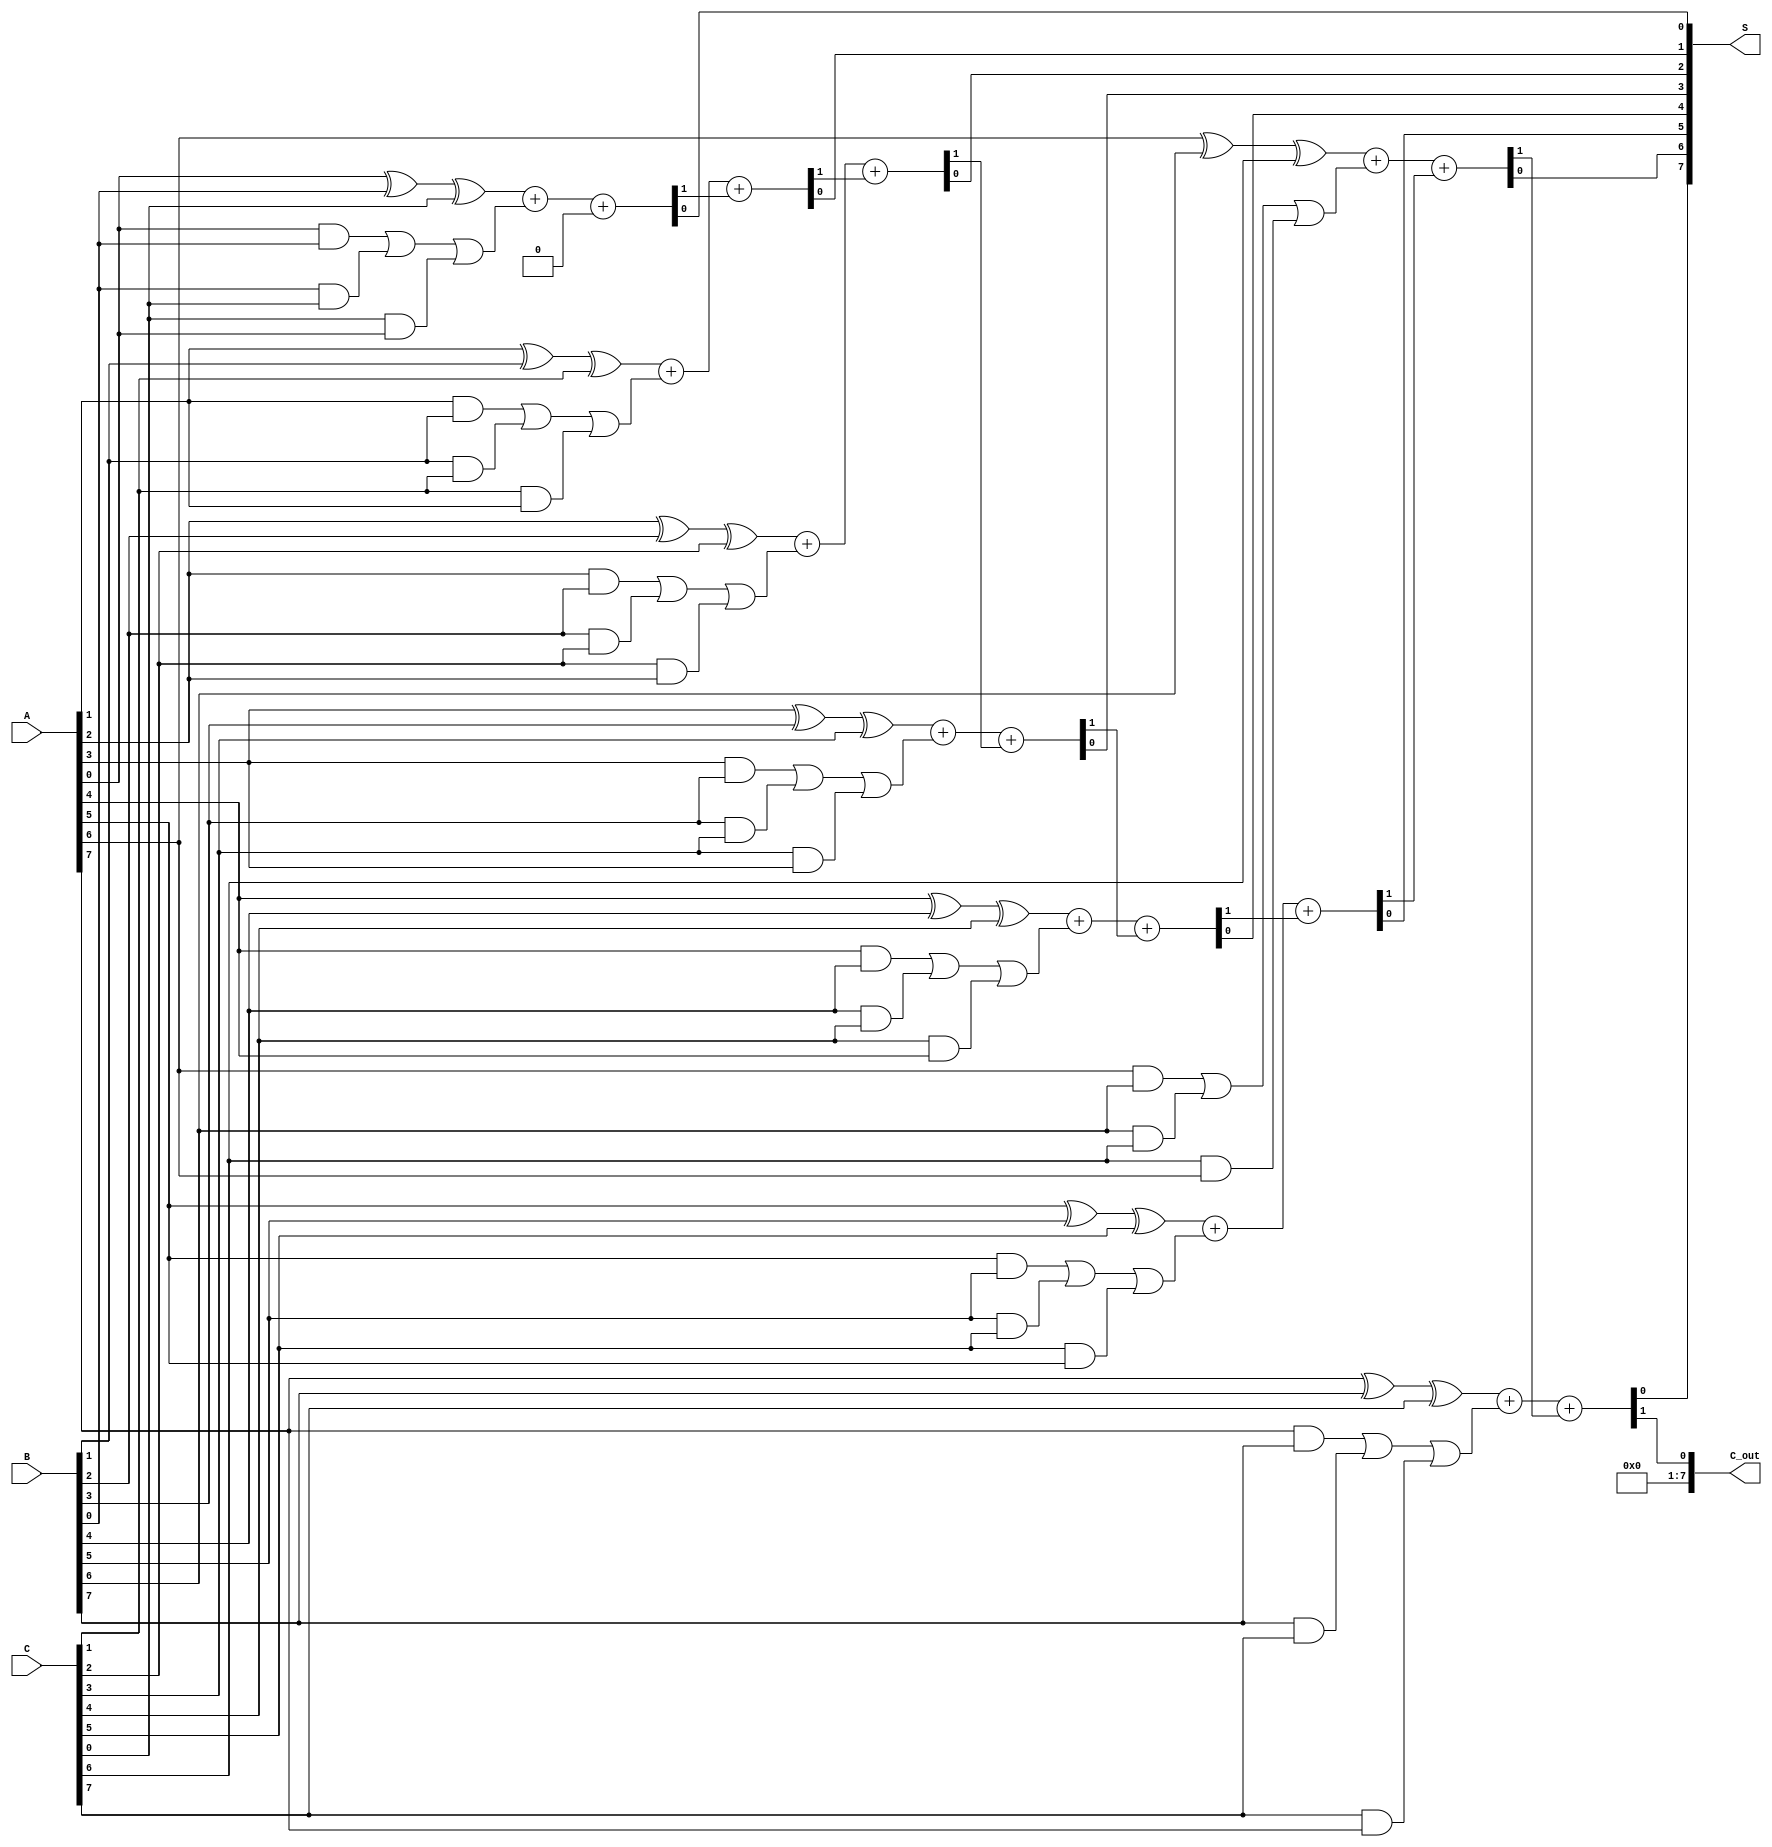
module CarrySaveAdder #(
    parameter N = 8  // Width of the inputs
)(
    input [N-1:0] A,  // Input A
    input [N-1:0] B,  // Input B
    input [N-1:0] C,  // Input C
    output [N-1:0] S, // Sum Output
    output [N-1:0] C_out // Carry Output
);

    wire [N-1:0] S_int; // Intermediate Sum
    wire [N-1:0] C_int; // Intermediate Carry

    // Carry Save Stage
    genvar i;
    generate
        for (i = 0; i < N; i = i + 1) begin : csa_stage
            assign S_int[i] = A[i] ^ B[i] ^ C[i]; // Calculate Sum using XOR
            assign C_int[i] = (A[i] & B[i]) | (B[i] & C[i]) | (C[i] & A[i]); // Calculate Carry using majority function
        end
    endgenerate

    // Carry Propagation Stage
    wire [N:0] carry; // Additional bit for carry propagation
    assign carry[0] = 1'b0; // Initial carry is 0

    generate
        for (i = 0; i < N; i = i + 1) begin : carry_propagation
            assign {carry[i+1], S[i]} = S_int[i] + C_int[i] + carry[i]; // Sum the intermediate sum, carry, and previous carry
        end
    endgenerate

    assign C_out = carry[N]; // Final Carry Out

endmodule